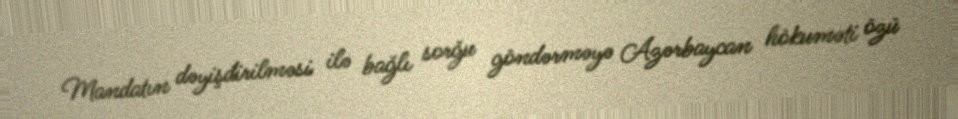
Mandatın dəyişdirilməsi ilə bağlı sorğu göndərməyə Azərbaycan hökuməti özü